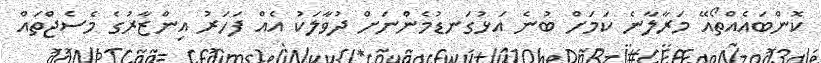
ކޮންބައެއްތޯއޭ މަރާލާނެ ކަމަށް ބުނެ އަޅުގަނޑުމެންނަށް ދުވާލަކު އެއް ފަހަރު އިންޒާރުގެ މެސެޖްތައް